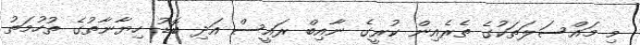
މި މައްސަލަތަކުގެ ތެރެއިން ކުރީގެ ނާއިބް ރައީސް އަދި ބޮޑު ހިޔާނާތުގެ ތުހުމަތު